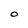
Character: O